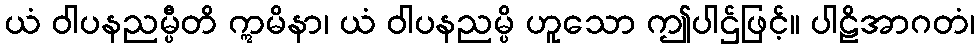
ယံ ဝါပနညမ္ပီတိ ဣမိနာ၊ ယံ ဝါပနညမ္ပိ ဟူသော ဤပါဌ်ဖြင့်။ ပါဠိအာဂတံ၊